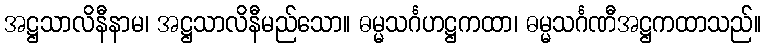
အဋ္ဌသာလိနီနာမ၊ အဋ္ဌသာလိနီမည်သော။ ဓမ္မသင်္ဂဟဋ္ဌကထာ၊ ဓမ္မသင်္ဂဏီအဋ္ဌကထာသည်။